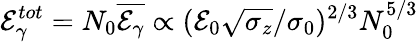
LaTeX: \mathcal{E}_{\gamma}^{tot}=N_{0}\overline{{\mathcal{E}_{\gamma}}}\propto(\mathcal{E}_{0}\sqrt{\sigma_{z}}/\sigma_{0})^{2/3}N_{0}^{5/3}